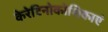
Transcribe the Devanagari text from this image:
केरेटिनोकोशिकाएं